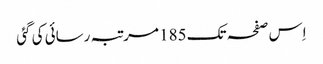
اِس صفحہ تک 185 مرتبہ رسائی کی گئی